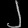
Digit: ၂